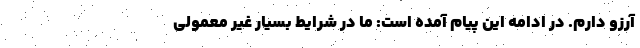
آرزو دارم. در ادامه این پیام آمده است: ما در شرایط بسیار غیر معمولی